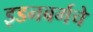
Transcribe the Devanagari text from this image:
इडनबर्गचे